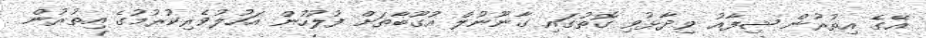
އޭގެ އިތުރުން ޝިފާއު ވިދާޅުވި ގޮތުގައި ގާނޫނުލް އުގޫބާތަށް ފުލުހުން އަހުލުވެރިކުރުމުގެ އިތުރުން